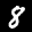
Label: 8